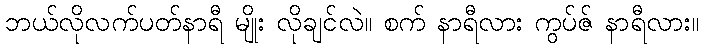
ဘယ်လိုလက်ပတ်နာရီ မျိုး လိုချင်လဲ။ စက် နာရီလား ကွပ်ဇ် နာရီလား။